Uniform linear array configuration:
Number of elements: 32
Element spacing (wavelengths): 1
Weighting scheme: binomial
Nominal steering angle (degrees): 15
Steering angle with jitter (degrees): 16.155
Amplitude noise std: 0.05
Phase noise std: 0.05

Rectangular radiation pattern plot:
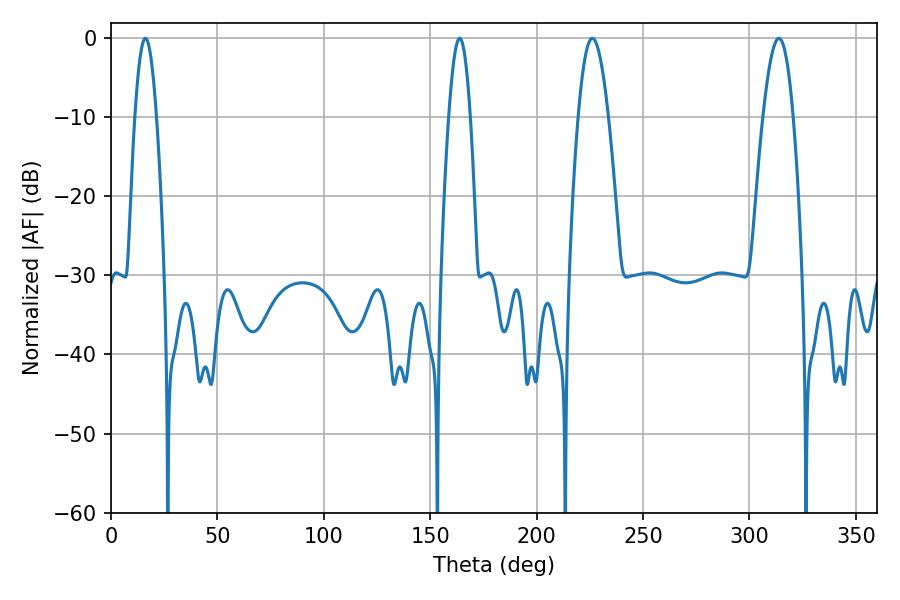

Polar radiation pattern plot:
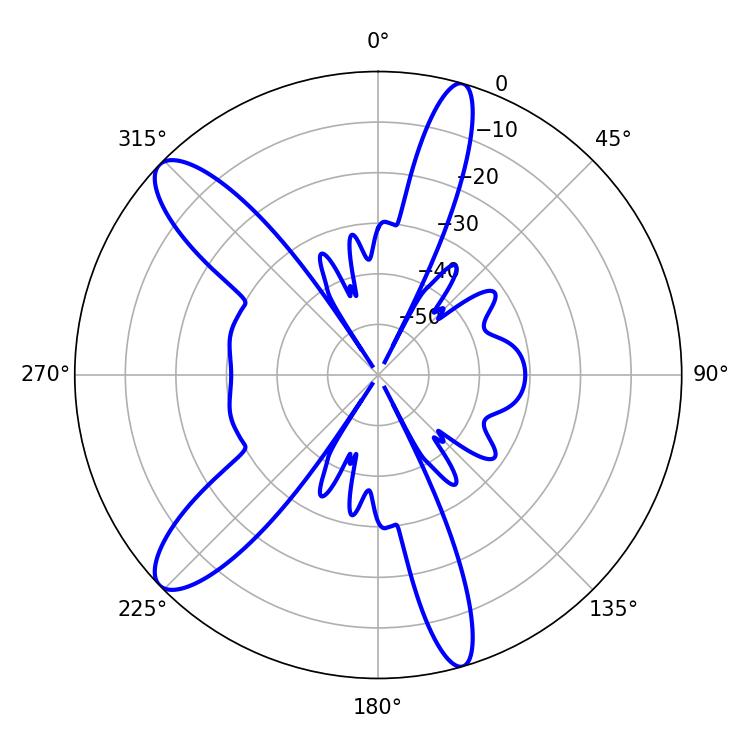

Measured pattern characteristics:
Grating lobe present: TRUE
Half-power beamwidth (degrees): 5.4
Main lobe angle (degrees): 16.2